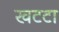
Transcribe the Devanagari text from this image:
खटटा